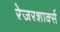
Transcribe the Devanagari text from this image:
रेज़रशार्क्स